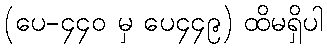
(ပေ-၄၄၀ မှ ပေ၄၄၉) ထိမရှိပါ